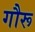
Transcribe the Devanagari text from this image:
गौरू